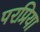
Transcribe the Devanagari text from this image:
परप्रिया